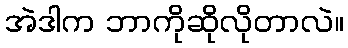
အဲဒါက ဘာကိုဆိုလိုတာလဲ။